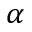
\alpha